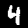
Digit: 4